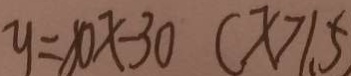
y = 8 0 x - 3 0 ( x > 1 . 5